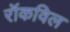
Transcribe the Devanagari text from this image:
रॉकविल